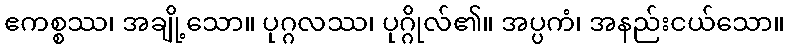
ဧကစ္စဿ၊ အချို့သော။ ပုဂ္ဂလဿ၊ ပုဂ္ဂိုလ်၏။ အပ္ပကံ၊ အနည်းငယ်သော။